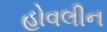
હોવલીન